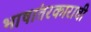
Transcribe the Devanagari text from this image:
भाषांतरकाराची